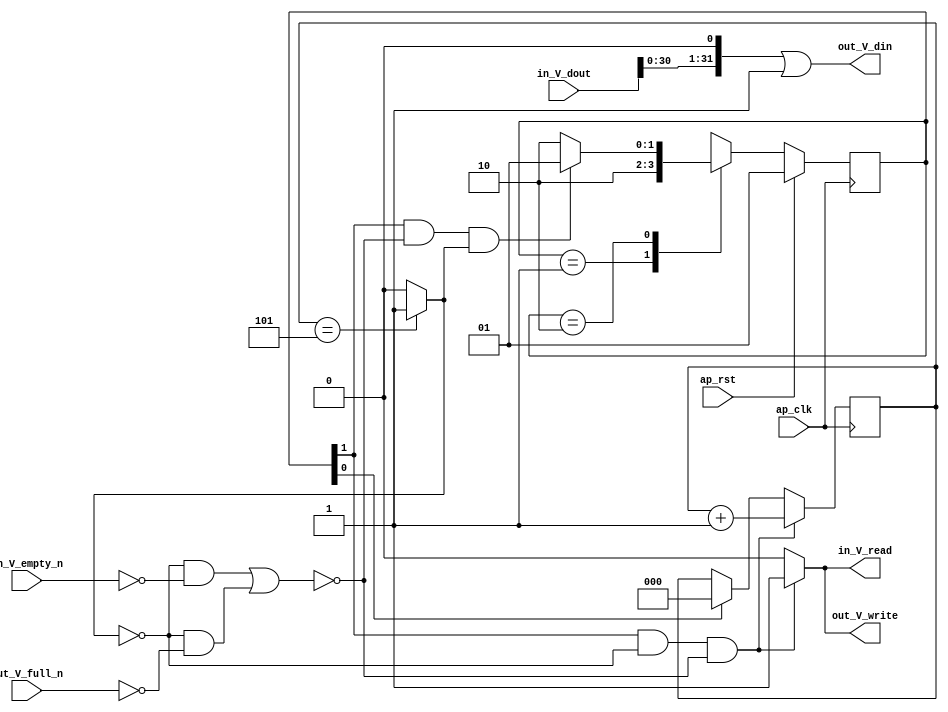
// ==============================================================
// RTL generated by Vivado(TM) HLS - High-Level Synthesis from C, C++ and SystemC
// Version: 2017.1
// Copyright (C) 1986-2017 Xilinx, Inc. All Rights Reserved.
// 
// ===========================================================

`timescale 1 ns / 1 ps 

(* CORE_GENERATION_INFO="process1,hls_ip_2017_1,{HLS_INPUT_TYPE=cxx,HLS_INPUT_FLOAT=0,HLS_INPUT_FIXED=0,HLS_INPUT_PART=xc7z020clg484-1,HLS_INPUT_CLOCK=10.000000,HLS_INPUT_ARCH=others,HLS_SYN_CLOCK=4.644000,HLS_SYN_LAT=6,HLS_SYN_TPT=none,HLS_SYN_MEM=0,HLS_SYN_DSP=0,HLS_SYN_FF=5,HLS_SYN_LUT=89}" *)

module process1 (
        ap_clk,
        ap_rst,
        in_V_dout,
        in_V_empty_n,
        in_V_read,
        out_V_din,
        out_V_full_n,
        out_V_write
);

parameter    ap_ST_fsm_state1 = 2'd1;
parameter    ap_ST_fsm_state2 = 2'd2;

input   ap_clk;
input   ap_rst;
input  [31:0] in_V_dout;
input   in_V_empty_n;
output   in_V_read;
output  [31:0] out_V_din;
input   out_V_full_n;
output   out_V_write;

reg in_V_read;
reg out_V_write;

reg    in_V_blk_n;
(* fsm_encoding = "none" *) reg   [1:0] ap_CS_fsm;
wire    ap_CS_fsm_state2;
wire   [0:0] exitcond_fu_60_p2;
reg    out_V_blk_n;
wire   [2:0] i_1_fu_66_p2;
reg    ap_block_state2;
reg   [2:0] i_reg_49;
wire    ap_CS_fsm_state1;
wire   [31:0] tmp_fu_72_p2;
reg   [1:0] ap_NS_fsm;

// power-on initialization
initial begin
#0 ap_CS_fsm = 2'd1;
end

always @ (posedge ap_clk) begin
    if (ap_rst == 1'b1) begin
        ap_CS_fsm <= ap_ST_fsm_state1;
    end else begin
        ap_CS_fsm <= ap_NS_fsm;
    end
end

always @ (posedge ap_clk) begin
    if (((1'b1 == ap_CS_fsm_state2) & (exitcond_fu_60_p2 == 1'd0) & ~(((exitcond_fu_60_p2 == 1'd0) & (1'b0 == in_V_empty_n)) | ((exitcond_fu_60_p2 == 1'd0) & (1'b0 == out_V_full_n))))) begin
        i_reg_49 <= i_1_fu_66_p2;
    end else if ((1'b1 == ap_CS_fsm_state1)) begin
        i_reg_49 <= 3'd0;
    end
end

always @ (*) begin
    if (((1'b1 == ap_CS_fsm_state2) & (exitcond_fu_60_p2 == 1'd0))) begin
        in_V_blk_n = in_V_empty_n;
    end else begin
        in_V_blk_n = 1'b1;
    end
end

always @ (*) begin
    if (((1'b1 == ap_CS_fsm_state2) & (exitcond_fu_60_p2 == 1'd0) & ~(((exitcond_fu_60_p2 == 1'd0) & (1'b0 == in_V_empty_n)) | ((exitcond_fu_60_p2 == 1'd0) & (1'b0 == out_V_full_n))))) begin
        in_V_read = 1'b1;
    end else begin
        in_V_read = 1'b0;
    end
end

always @ (*) begin
    if (((1'b1 == ap_CS_fsm_state2) & (exitcond_fu_60_p2 == 1'd0))) begin
        out_V_blk_n = out_V_full_n;
    end else begin
        out_V_blk_n = 1'b1;
    end
end

always @ (*) begin
    if (((1'b1 == ap_CS_fsm_state2) & (exitcond_fu_60_p2 == 1'd0) & ~(((exitcond_fu_60_p2 == 1'd0) & (1'b0 == in_V_empty_n)) | ((exitcond_fu_60_p2 == 1'd0) & (1'b0 == out_V_full_n))))) begin
        out_V_write = 1'b1;
    end else begin
        out_V_write = 1'b0;
    end
end

always @ (*) begin
    case (ap_CS_fsm)
        ap_ST_fsm_state1 : begin
            ap_NS_fsm = ap_ST_fsm_state2;
        end
        ap_ST_fsm_state2 : begin
            if (((1'b1 == ap_CS_fsm_state2) & ~(((exitcond_fu_60_p2 == 1'd0) & (1'b0 == in_V_empty_n)) | ((exitcond_fu_60_p2 == 1'd0) & (1'b0 == out_V_full_n))) & (exitcond_fu_60_p2 == 1'd1))) begin
                ap_NS_fsm = ap_ST_fsm_state1;
            end else if (((1'b1 == ap_CS_fsm_state2) & (exitcond_fu_60_p2 == 1'd0) & ~(((exitcond_fu_60_p2 == 1'd0) & (1'b0 == in_V_empty_n)) | ((exitcond_fu_60_p2 == 1'd0) & (1'b0 == out_V_full_n))))) begin
                ap_NS_fsm = ap_ST_fsm_state2;
            end else begin
                ap_NS_fsm = ap_ST_fsm_state2;
            end
        end
        default : begin
            ap_NS_fsm = 'bx;
        end
    endcase
end

assign ap_CS_fsm_state1 = ap_CS_fsm[32'd0];

assign ap_CS_fsm_state2 = ap_CS_fsm[32'd1];

always @ (*) begin
    ap_block_state2 = (((exitcond_fu_60_p2 == 1'd0) & (1'b0 == in_V_empty_n)) | ((exitcond_fu_60_p2 == 1'd0) & (1'b0 == out_V_full_n)));
end

assign exitcond_fu_60_p2 = ((i_reg_49 == 3'd5) ? 1'b1 : 1'b0);

assign i_1_fu_66_p2 = (i_reg_49 + 3'd1);

assign out_V_din = (tmp_fu_72_p2 | 32'd1);

assign tmp_fu_72_p2 = in_V_dout << 32'd1;

endmodule //process1